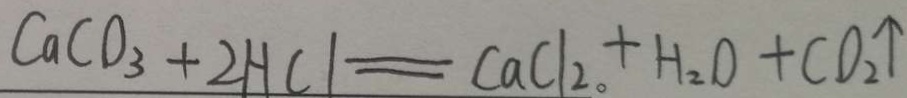
C a C O _ { 3 } + 2 H C l = C a C l _ { 2 } + H _ { 2 } O + C O _ { 2 } \uparrow